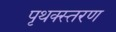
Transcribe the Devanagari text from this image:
पृथक्स्तरण